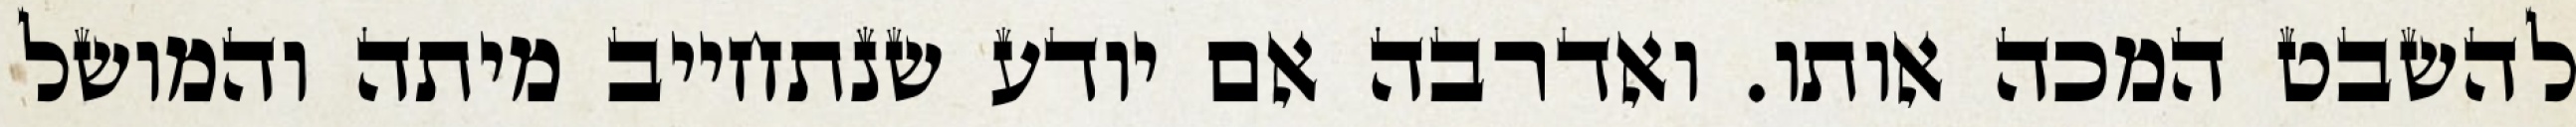
להשבט המכה אותו. ואדרבה אם יודע שנתחייב מיתה והמושל